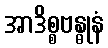
အာဒိစ္စဗန္ဓုနံ